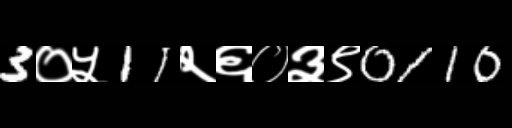
Text: 3०५11२६०३९0110